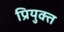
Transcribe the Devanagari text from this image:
प्रियुक्त